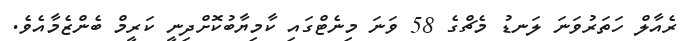
ރެއާލް ހަތަރުވަނަ ލަނޑު މެޗްގެ 58 ވަނަ މިނެޓްގައި ކާމިޔާބުކޮށްދިނީ ކަރީމް ބެންޒެމާއެވެ.